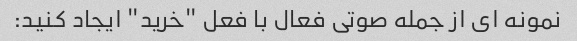
نمونه ای از جمله صوتی فعال با فعل "خرید" ایجاد کنید: